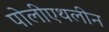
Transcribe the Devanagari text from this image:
पोलीएथलीन